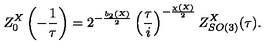
Z _ { 0 } ^ { X } \left( - \frac { 1 } { \tau } \right) = 2 ^ { - \frac { b _ { 2 } ( X ) } { 2 } } \left( \frac { \tau } { i } \right) ^ { - \frac { \chi ( X ) } { 2 } } Z _ { S O ( 3 ) } ^ { X } ( \tau ) .